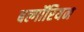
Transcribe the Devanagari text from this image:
बल्गॉरियन